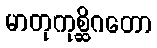
မာတုကုစ္ဆိဂတော